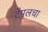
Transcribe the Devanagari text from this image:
टेंपलचा